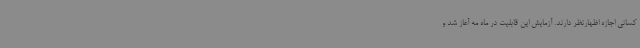
کسانی اجازه اظهارنظر دارند. آزمایش این قابلیت در ماه مه آغاز شد و